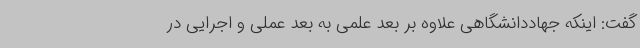
گفت: اینکه جهاددانشگاهی علاوه بر بعد علمی به بعد عملی و اجرایی در